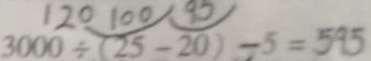
3 0 0 0 \div ( 2 5 - 2 0 ) - 5 = 5 9 5